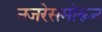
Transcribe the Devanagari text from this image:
नजरेसमोरून